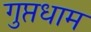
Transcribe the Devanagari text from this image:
गुप्तधाम